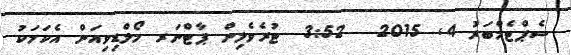
ސެޕްޓެމްބަރު 4